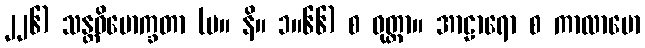
၂၂၆) သန္တဝိမောက္ခတာ (မ။ နိ။ ၁။၆၆) စ ဝုတ္တာ။ အာဠာရော စ ကာလာမော